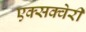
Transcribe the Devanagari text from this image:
एक्सक्वेरी